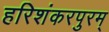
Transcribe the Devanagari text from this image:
हरिशंकरपुरम्